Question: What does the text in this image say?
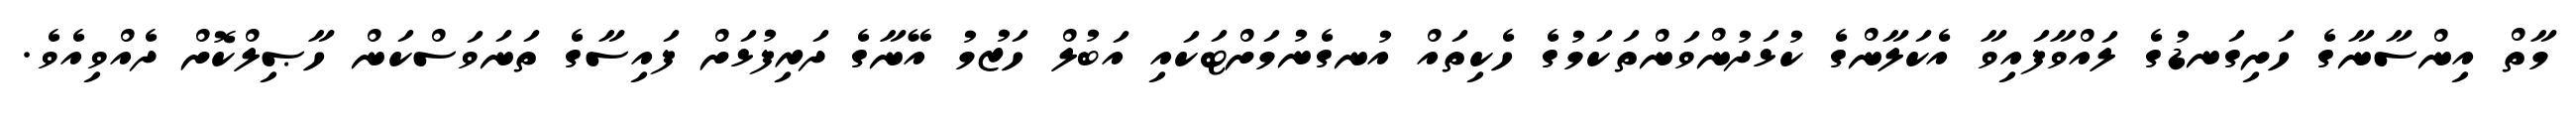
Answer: މާތް އިންސާނާގެ ހަށިގަނޑުގެ ލައްވާފައިވާ އެކަލާންގެ ކުޅަދުންވަންތަކަމުގެ ހެކިތައް އުނގެނުމަށްޓަކައި އަބުލް ހަޒުމު އޭނާގެ ދަރިފުޅަށް ފައިސާގެ ތަނަވަސްކަން ހާޞިލްކޮށް ދެއްވިއެވެ.